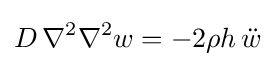
D\,\nabla ^{2}\nabla ^{2}w=-2\rho h\,{\ddot {w}}